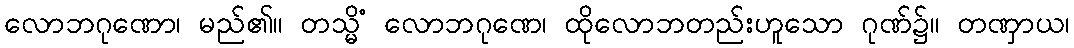
လောဘဂုဏော၊ မည်၏။ တသ္မိံ လောဘဂုဏေ၊ ထိုလောဘတည်းဟူသော ဂုဏ်၌။ တဏှာယ၊